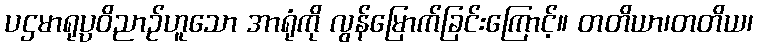
ပဌမာရုပ္ပဝိညာဉ်ဟူသော အာရုံကို လွန်မြောက်ခြင်းကြောင့်။ တတိယာ၊တတိယ၊